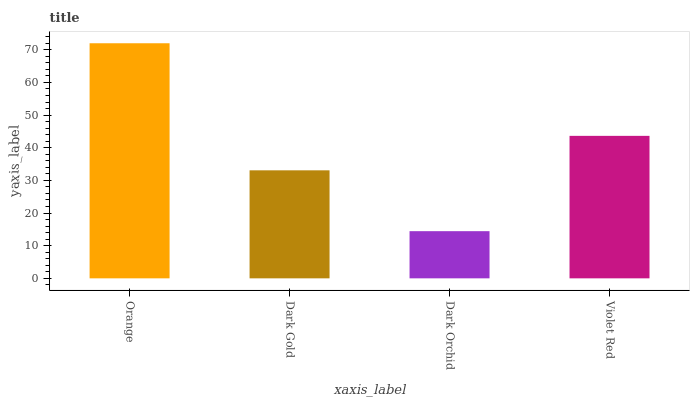
| xaxis_label | bars |
 | --- | --- |
 | Orange | 72 |
 | Dark Gold | 33.1 |
 | Dark Orchid | 14.4 |
 | Violet Red | 43.6 |